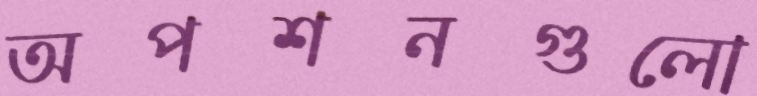
অপশনগুলো